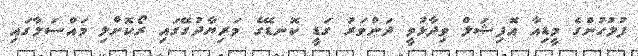
ފުލުހުންގެ މީޑިއާ އޮފިޝަލް ވިދާޅުވީ ދަންވަރު ގަޑީ ކޮނޑޭގެ މަރިޔާދުގޭގައި ރޯކޮށްލި މައްސަލާގައި